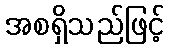
အစရှိသည်ဖြင့်